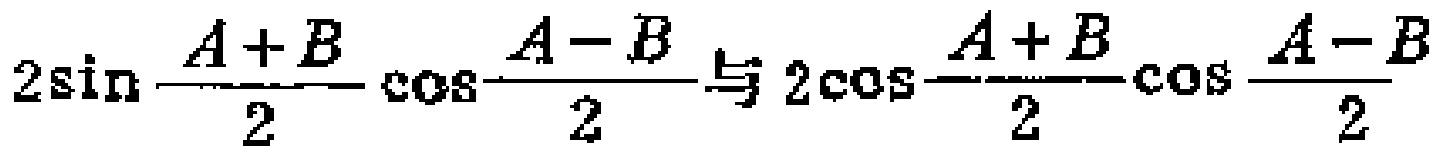
$2\sin\frac{A + B}{2}\cos\frac{A - B}{2}与2\cos\frac{A + B}{2}\cos\frac{A - B}{2}$